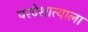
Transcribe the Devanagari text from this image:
परदेशात्याला